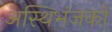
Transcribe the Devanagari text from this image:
अस्थिभंजकों